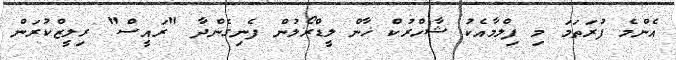
އެންމެ ފުރަތަމަ މި ފިލްމާއެކު ޝާހްރުކް ޚާން ލީޑްރޯލުން ފެނިގެންދާ "ރައީސް" ރިލީޒްކުރަން